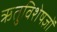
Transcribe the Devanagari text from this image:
ऋतुविशेषज्ञों